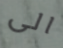
الى